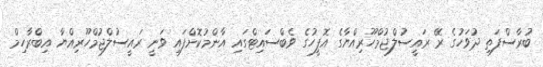
ބުރާސްފަތި ދުވަހުގެ ރޭ ރައީސުލްޖުމްހޫރިއްޔާގެ އޮފީހުގެ ވެބްސައިޓްގައި އާންމުކޮށްފައި ވަނީ ރައީސުލްޖުމްހޫރިއްޔާ އިބްރާހިމް